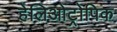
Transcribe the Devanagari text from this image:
हेलिओट्रोपिक